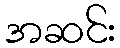
အဆင်း